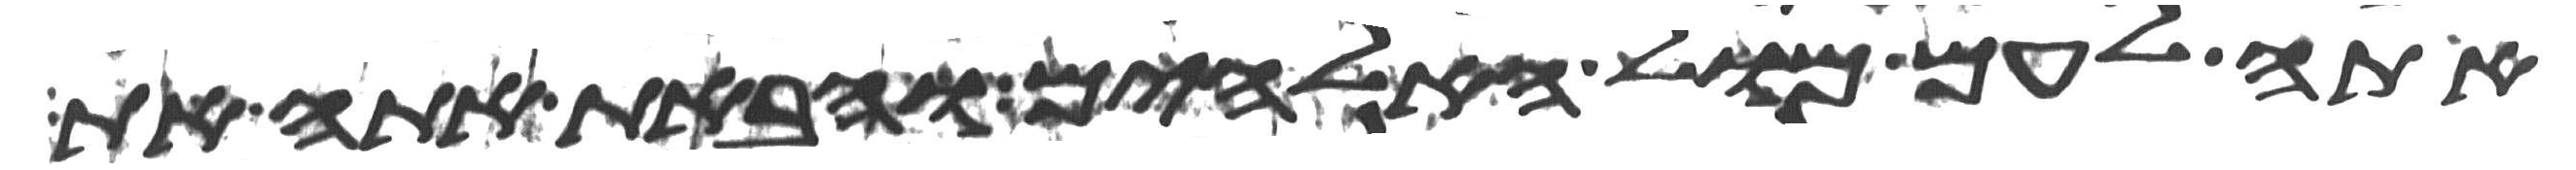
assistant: אתה לעם מול האלהים והבאת אתה את